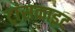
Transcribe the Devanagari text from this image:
ट्रांसक्राइट